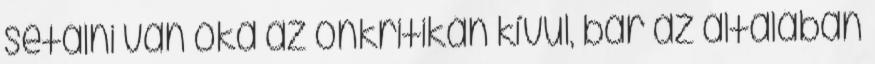
sétálni van oka az önkritikán kívül, bár az általában